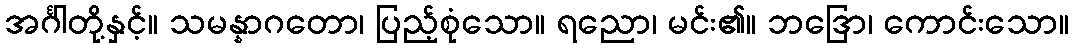
အင်္ဂါတို့နှင့်။ သမန္နာဂတော၊ ပြည့်စုံသော။ ရညော၊ မင်း၏။ ဘဒြော၊ ကောင်းသော။